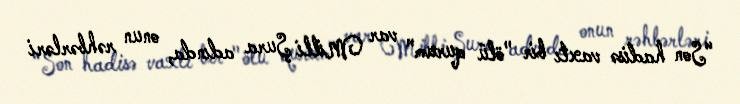
“Son hadisə vaxtı bir "ölü qurum" var Milli Şura adında, onun rəhbərləri